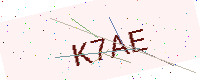
Text: K7AE